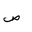
Letter: _sad